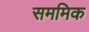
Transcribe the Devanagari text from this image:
सममिक